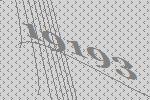
19193